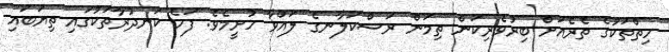
ހިތްތަކުގެ ތެރެއަށް ބިރުވެރިކަން ތިމަން ރަސްކަލާނގެ ލައްވާ ހުށީމެވެ. ފަހެ ކަނދުރާތަކުގައި ތިޔަބައި